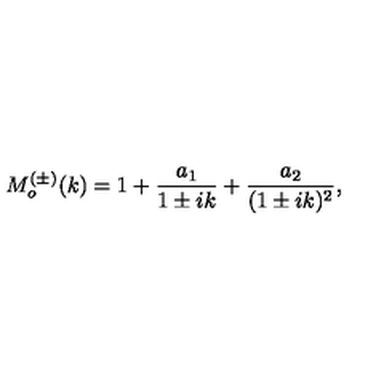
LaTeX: M _ { o } ^ { ( \pm ) } ( k ) = 1 + \frac { a _ { 1 } } { 1 \pm i k } + \frac { a _ { 2 } } { ( 1 \pm i k ) ^ { 2 } } ,